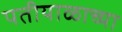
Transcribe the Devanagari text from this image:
पतीयाळाच्या